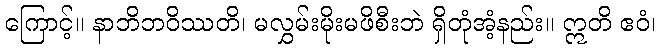
ကြောင့်။ နာဘိဘဝိဿတိ၊ မလွှမ်းမိုးမဖိစီးဘဲ ရှိတုံအံ့နည်း။ ဣတိ ဧဝံ၊